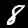
Digit: 8